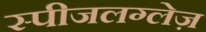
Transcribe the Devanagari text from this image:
स्पीजलग्लेज़